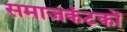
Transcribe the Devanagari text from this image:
समाजकंटकों